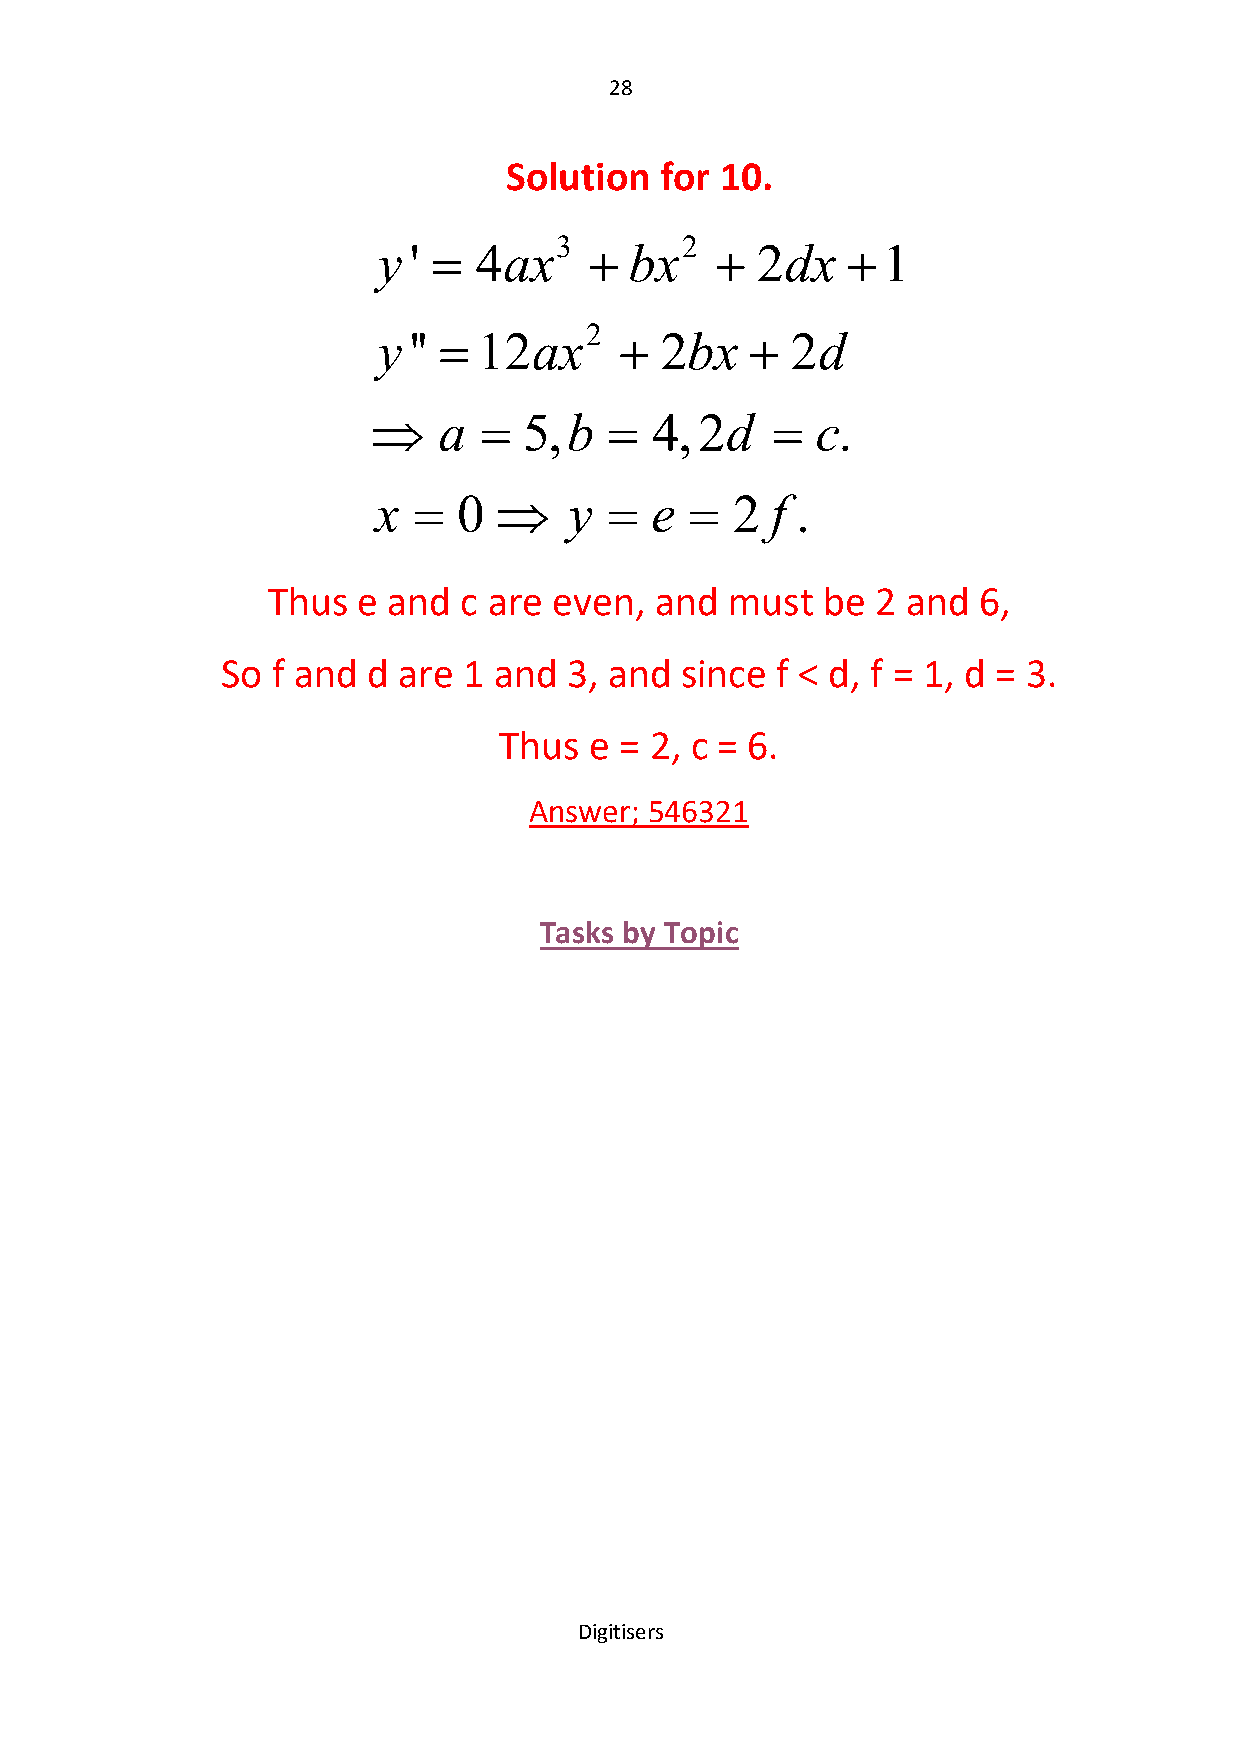
28
 Solution   for 10.
 3       2
 y '  4ax       bx     2dx   1
 2
 y ''  12ax       2bx    2d
    a    5,b    4, 2d     c.
 x   0      y   e    2 f .
 Thus  e and  c are even, and  must  be  2 and  6,
 So f and d are  1 and  3, and since f < d, f = 1, d = 3.
 Thus  e = 2, c = 6.
 Answer; 546321
 Tasks by Topic
 Digitisers